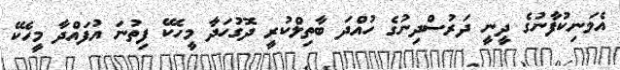
އެމަނިކުފާނުގެ ދީނީ ދަރުސްދިނުގެ ހުއްދަ ބާތިލްކުރީ ދޮގުހަދާ މީހެކޭ ފިތުނަ އުފައްދާ މީހެކޭ